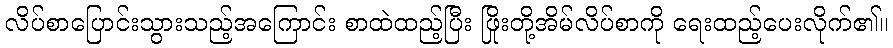
လိပ်စာပြောင်းသွားသည့်အကြောင်း စာထဲထည့်ပြီး ဖြိုးတို့အိမ်လိပ်စာကို ရေးထည့်ပေးလိုက်၏။